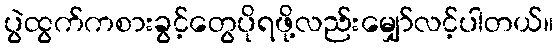
ပွဲထွက်ကစားခွင့်တွေပိုရဖို့လည်းမျှော်လင့်ပါတယ်။